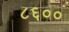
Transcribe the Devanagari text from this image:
८६००